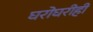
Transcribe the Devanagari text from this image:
घरोघरीही